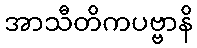
အာသီတိကပဗ္ဗာနိ